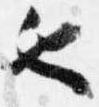
也